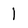
Character: 1